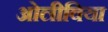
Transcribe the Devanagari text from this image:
ओलीविया